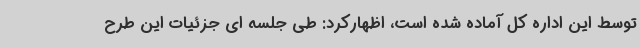
توسط این اداره کل آماده شده است، اظهارکرد: طی جلسه ای جزئیات این طرح